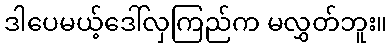
ဒါပေမယ့်ဒေါ်လှကြည်က မလွှတ်ဘူး။